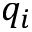
q _ { i }